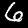
Digit: 6